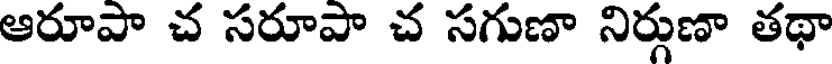
ఆరూపా చ సరూపా చ సగుణా నిర్గుణా తథా